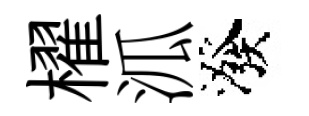
櫂泒潑